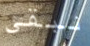
نبقى